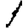
Digit: 1